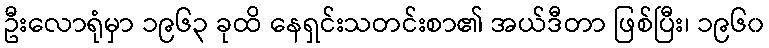
ဦးလောရုံမှာ ၁၉၆၃ ခုထိ နေရှင်းသတင်းစာ၏ အယ်ဒီတာ ဖြစ်ပြီး၊ ၁၉၆၀